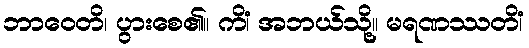
ဘာဝေတိ၊ ပွားစေ၏။ ကိံ၊ အဘယ်သို့။ မရဏဿတိံ၊